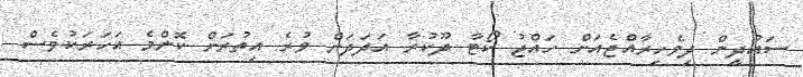
ސައުދީން ދިވެހިރާއްޖެއަށް ހައްޖު ކޯޓާ ދޫކުރާ އަދަދަށް ވުރެ އިތުރަށް ކޮންމެ އަހަރަކުވެސް